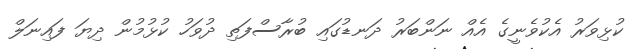
ކުޅިވަރު އެކުވެނީގެ އެއް ނަންބަރު ދަނޑުގައި ބުރާސްފަތި ދުވަހު ކުޅުމުން ދިޔަ ފައިނަލް